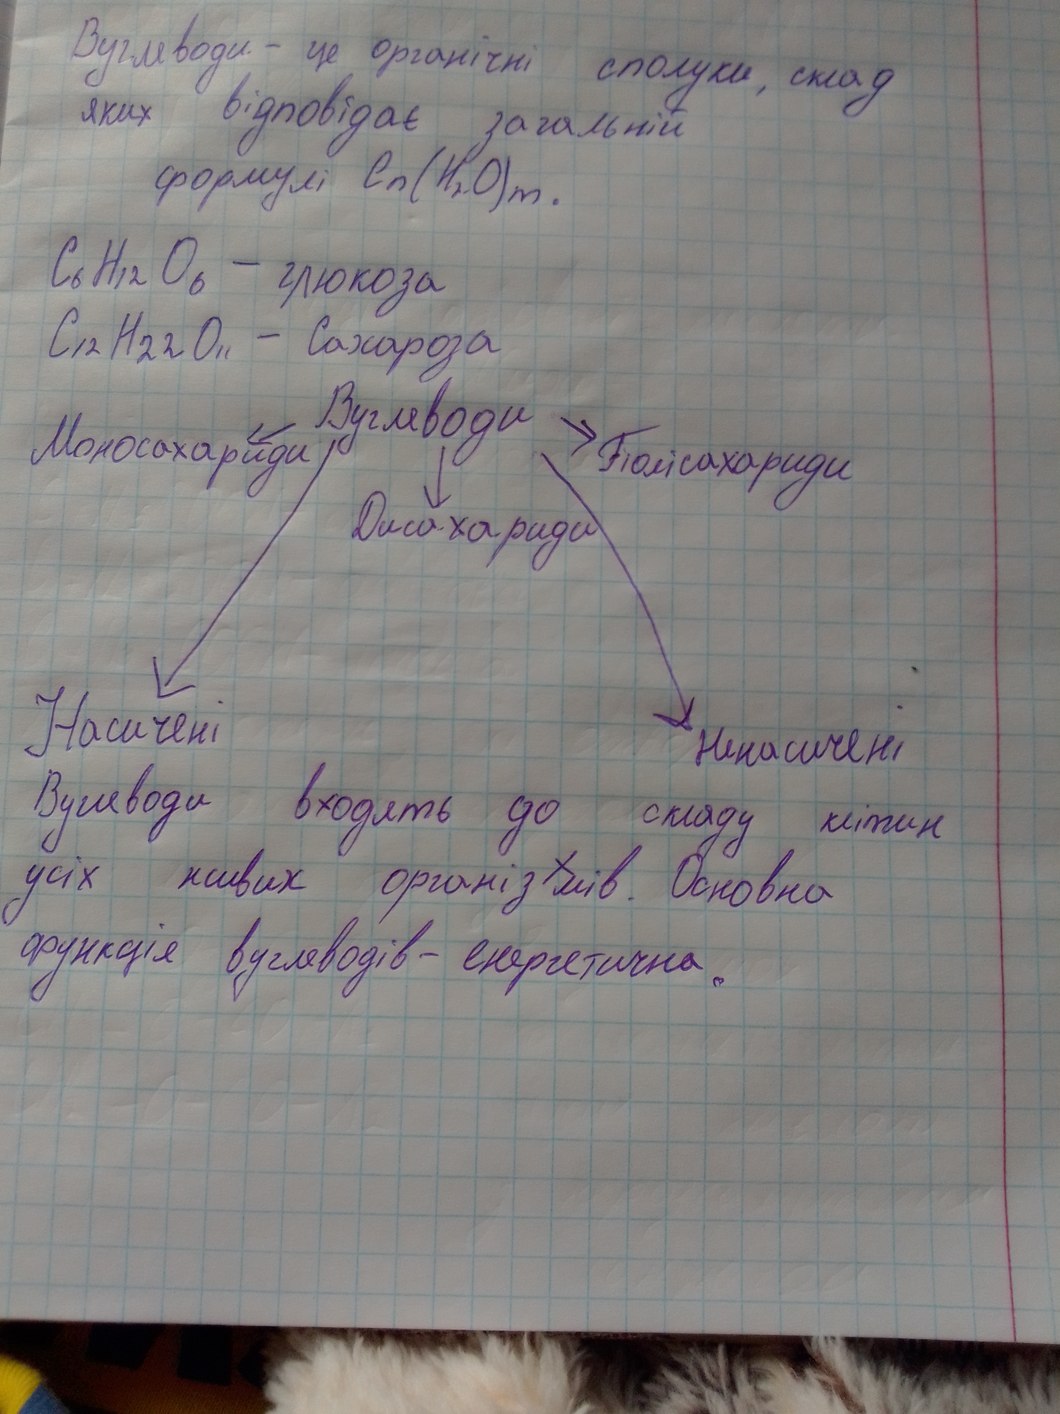
Вуглеводи - це органічні сполуки, склад
яких відповідає загальній
формулі Cn(H2O)m.
C6H12O6 - глюкоза
C12H22O11 - Сахароза
Вуглеводи
Моносахариди
Полісахариди
Дисахариди
Насичені
Ненасичені
Вуглеводи входять до складу клітин
усіх живих організхмів. Основна
функція вуглеводів - енергетична.